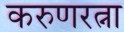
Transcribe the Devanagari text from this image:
करुणरत्ना